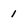
Character: 1